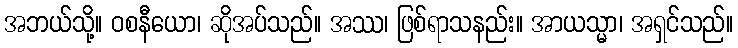
အဘယ်သို့။ ဝစနီယော၊ ဆိုအပ်သည်။ အဿ၊ ဖြစ်ရာသနည်း။ အာယသ္မာ၊ အရှင်သည်။